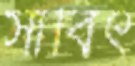
সাবিৎ